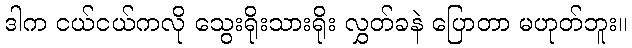
ဒါက ငယ်ငယ်ကလို သွေးရိုးသားရိုး လွှတ်ခနဲ ပြောတာ မဟုတ်ဘူး။